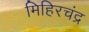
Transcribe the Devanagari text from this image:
मिहिरचंद्र